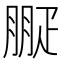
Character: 㽰